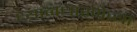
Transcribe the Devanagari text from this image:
ध्यानधारणेच्या